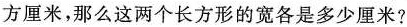
方厘米，那么这两个长方形的宽各是多少厘米?